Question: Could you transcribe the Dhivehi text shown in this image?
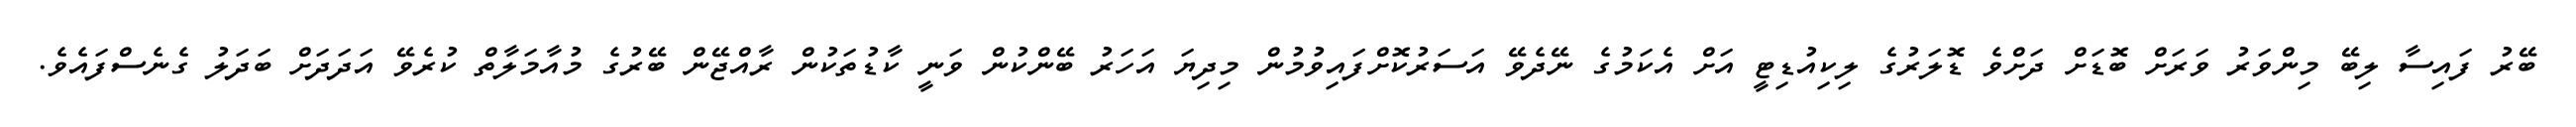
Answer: ބޭރު ފައިސާ ލިބޭ މިންވަރު ވަރަށް ބޮޑަށް ދަށްވެ ޑޮލަރުގެ ލިކިއުޑިޓީ އަށް އެކަމުގެ ނޭދެވޭ އަސަރުކޮށްފައިވުމުން މިދިޔަ އަހަރު ބޭންކުން ވަނީ ކާޑުތަކުން ރާއްޖޭން ބޭރުގެ މުއާމަލާތް ކުރެވޭ އަދަދަށް ބަދަލު ގެނެސްފައެވެ.